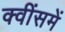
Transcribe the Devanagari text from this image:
क्वींसमें